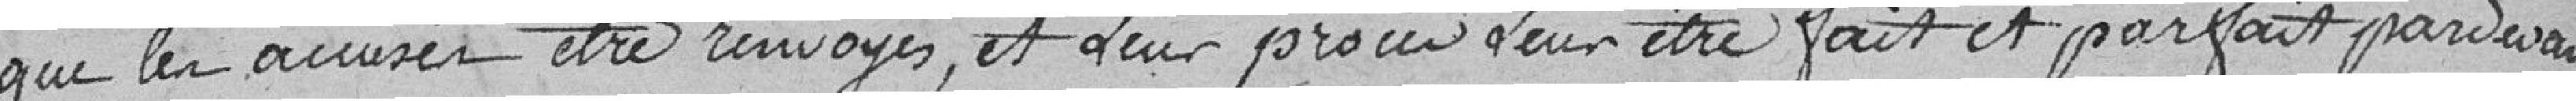
que les accusés être renvoyés , et leur procès leur être fait et parfait par devant